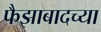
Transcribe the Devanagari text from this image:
फैझाबादच्या